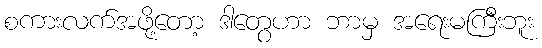
စကားလက်အဖို့တော့ ဒါတွေဟာ ဘာမှ အရေးမကြီးဘူး